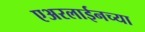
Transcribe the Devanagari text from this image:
एअरलाईनच्या